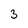
Character: 3